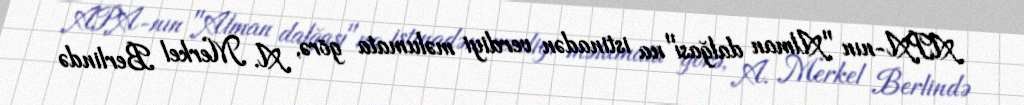
APA-nın "Alman dalğası"na istinadən verdiyi məlumata görə, A. Merkel Berlində